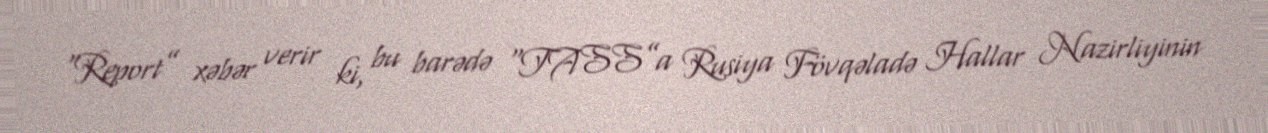
“Report” xəbər verir ki, bu barədə “TASS”a Rusiya Fövqəladə Hallar Nazirliyinin